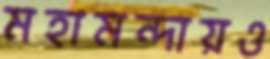
মহামন্দায়ও